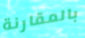
بالمقارنة